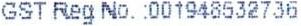
GST REG NO. :001948532736